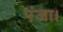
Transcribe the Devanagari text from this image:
पंजा।